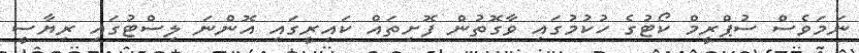
ނަމަވެސް ސުޕްރީމް ކޯޓުގެ ހުކުމުގައި ވާގޮތުން ފޮށިތައް ކައިރީގައި އޮންނަ ލިސްޓުގައި ރިޔާސީ